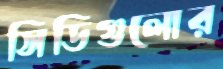
সিডিগুলোর